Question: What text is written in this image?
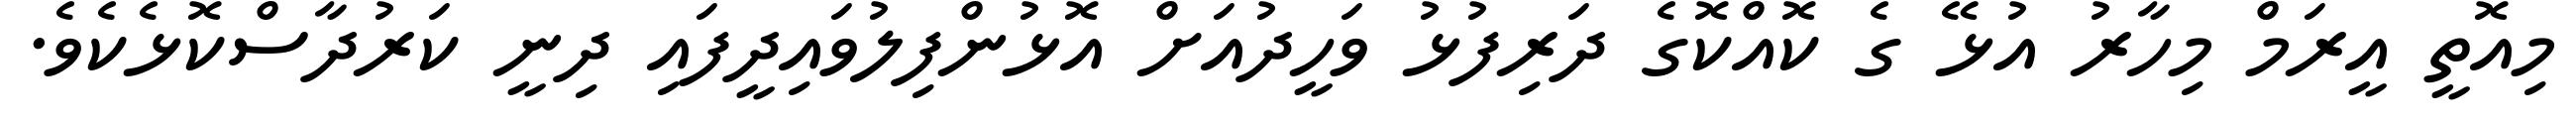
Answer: މިއޮތީ އީރަމް މިހާރު އުޅޭ ގެ ކޮއްކޮގެ ދަރިފުޅު ވަހީދުއަށް އޮޅުންފިލުވައިދީފައި ދިނީ ކަރުދާސްކޮޅެކެވެ.